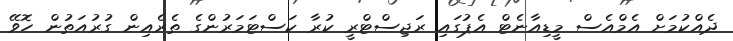
ދެއްކުމަށް އެމްއެސް މީޑިއާނެޓް އެޕުގައި ރަޖިސްޓްރީ ކުރާ ކަސްޓަމަރުންގެ ތެރެއިން ގުރުއަތުން ހޮވޭ